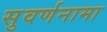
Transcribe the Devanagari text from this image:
सुवर्णनामा